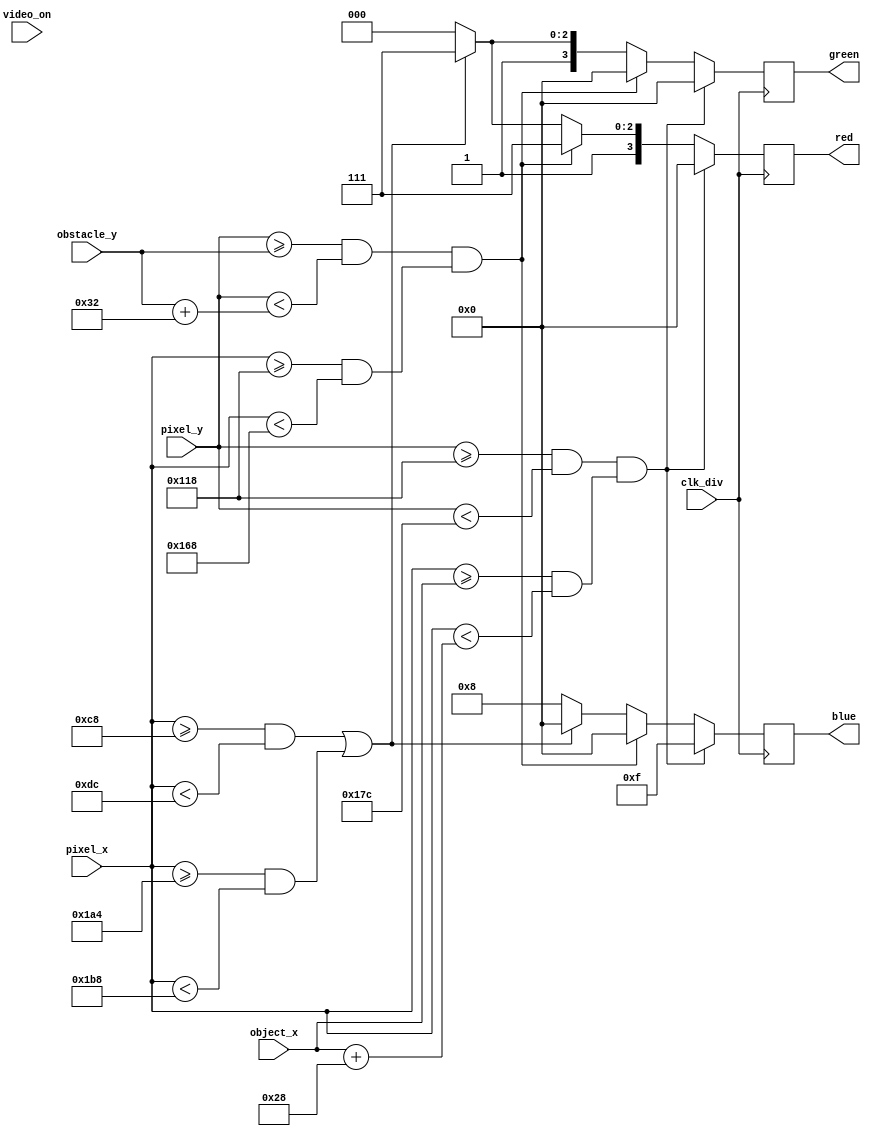
module pixel_gen(
  input [9:0] pixel_x,
  input [9:0] pixel_y,
  input clk_div,
  input video_on,
  input [9:0] object_x,
  input [9:0] obstacle_y,
  output reg [3:0] red = 0,
  output reg [3:0] blue = 0,
  output reg [3:0] green = 0
);

    always @(posedge clk_div) begin
  if (((pixel_y>=280)&&(pixel_y<380))&&((pixel_x>=object_x)&&(pixel_x<(object_x+40)))) begin
    red   <= 4'h0;
    green <= 4'h0;
    blue  <= 4'hF;
    end
  else if (((pixel_y>=obstacle_y)&&(pixel_y<(obstacle_y+50)))&&((pixel_x>=280)&&(pixel_x<360))) begin
    red   <= 4'hF;
    green <= 4'h0;
    blue  <= 4'h0;
    end
  else if (((pixel_x>=200)&&(pixel_x<220))||((pixel_x>=420)&&(pixel_x<440))) begin
    red   <= 4'hF;
    green <= 4'hF;
    blue  <= 4'h0;
    end
  else begin
    red   <= 4'h8;
    green <= 4'h8;
    blue  <= 4'h8;
    end
    end
/*
  always @ (posedge clk_div) begin
    //LEFT LANE
    if (state==2'b01) begin
    if (((pixel_x>=0)&&(pixel_x<200))) begin
      red   <= 4'h8;
      green <= 4'h8;
      blue  <= 4'h8;
      if (((pixel_y>=280)&&(pixel_y<380))&&((pixel_x>=80)&&(pixel_x<120))) begin
        red   <= 4'h0;
      	green <= 4'h0;
      	blue  <= 4'hF;
      end
    end
    if ((pixel_x>=200)&&(pixel_x<220)) begin
      red   <= 4'hF;
      green <= 4'hF;
      blue  <= 4'h0;
    end
    if ((pixel_x>=220)&&(pixel_x<420)) begin
      red   <= 4'h8;
      green <= 4'h8;
      blue  <= 4'h8;
    end
    if ((pixel_x>=420)&&(pixel_x<440)) begin
      red   <= 4'hF;
      green <= 4'hF;
      blue  <= 4'h0;
    end
    if ((pixel_x>=440)&&(pixel_x<640)) begin
      red   <= 4'h8;
      green <= 4'h8;
      blue  <= 4'h8;
    end
    end
    //RIGHT LANE
    if (state==2'b10) begin
    if (((pixel_x>=0)&&(pixel_x<200))) begin
      red   <= 4'h8;
      green <= 4'h8;
      blue  <= 4'h8;
    end
    if ((pixel_x>=200)&&(pixel_x<220)) begin
      red   <= 4'hF;
      green <= 4'hF;
      blue  <= 4'h0;
    end
    if ((pixel_x>=220)&&(pixel_x<420)) begin
      red   <= 4'h8;
      green <= 4'h8;
      blue  <= 4'h8;
    end
    if ((pixel_x>=420)&&(pixel_x<440)) begin
      red   <= 4'hF;
      green <= 4'hF;
      blue  <= 4'h0;
    end
    if ((pixel_x>=440)&&(pixel_x<640)) begin
      red   <= 4'h8;
      green <= 4'h8;
      blue  <= 4'h8;
      if (((pixel_y>=280)&&(pixel_y<380))&&((pixel_x>=520)&&(pixel_x<560))) begin
        red   <= 4'h0;
      	green <= 4'h0;
      	blue  <= 4'hF;
      end
    end
    //MIDDLE LANE
    if (state==2'b00) begin
    if (((pixel_x>=0)&&(pixel_x<200))) begin
      red   <= 4'h8;
      green <= 4'h8;
      blue  <= 4'h8;
    end
    if ((pixel_x>=200)&&(pixel_x<220)) begin
      red   <= 4'hF;
      green <= 4'hF;
      blue  <= 4'h0;
    end
    if ((pixel_x>=220)&&(pixel_x<420)) begin
      red   <= 4'h8;
      green <= 4'h8;
      blue  <= 4'h8;
      
      if (((pixel_y>=280)&&(pixel_y<380))&&((pixel_x>=300)&&(pixel_x<340))) begin
        red   <= 4'h0;
      	green <= 4'h0;
      	blue  <= 4'hF;
      end
    end
    if ((pixel_x>=420)&&(pixel_x<440)) begin
      red   <= 4'hF;
      green <= 4'hF;
      blue  <= 4'h0;
    end
    if ((pixel_x>=440)&&(pixel_x<640)) begin
      red   <= 4'h8;
      green <= 4'h8;
      blue  <= 4'h8;
    end
    end
    end
      
  end
  */
  
endmodule